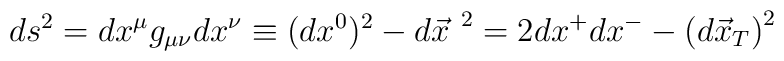
ds^2=dx^\mu g_{\mu\nu} dx^\nu\equiv (dx^0)^2-{d\vec x}^{~2}=2dx^+ dx^--\left( d\vec x_T\right)^2